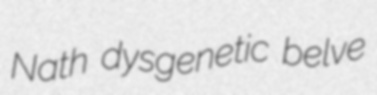
Nath dysgenetic belve